Vaccination report Assam 1896-1927 - 1896-1927
Year: 1896
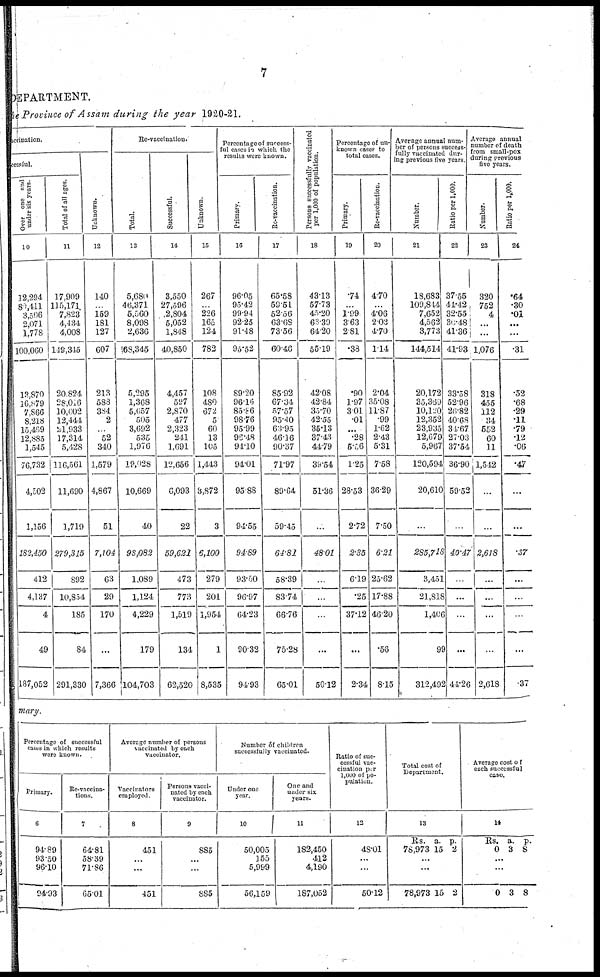
7
DEPARTMENT.
the Province of Assam during the year 1920-21.
vaccination.
cessful.
Over one and
under six years.
10
12,294
80,411
3,506
2,071
1,778
100,060
13,870
16,879
7,866
8,218
15,469
12,885
1,545
76,732
4,502
1,156
182,450
412
4,137
4
49
187,052
Total of all ages.
11
17,909
115,171
7,823
4,434
4,008
119,315
20,824
28,016
10,602
12,444
21,933
17,314
5,428
116,561
11,690
1,719
279,315
892
10,854
185
84
291,330
Unknown.
12
140
...
159
181
127
607
213
588
384
2
...
52
340
1,579
4,867
51
7,104
63
29
170
...
7,366
Re-vaccination.
Total.
13
5,680
46,371
5,560
8,098
2,636
68,345
5,295
1,368
5,057
505
3,692
535
1,976
19,028
10,669
40
98,082
1,089
1,124
4,229
179
104,703
Successful.
14
3,550
27,596
2,804
5,052
1,848
40,850
4,457
597
2,870
477
2,323
241
1,691
12,656
6,093
22
59,621
473
773
1,519
134
62,520
Unknown.
15
267
...
226
165
124
782
108
480
672
5
60
13
105
1,443
3,872
3
6,100
279
201
1,954
1
8,535
results were known.
Primary.
16
96.05
95.42
99.94
92.25
91.48
95.52
89.20
96.16
85.86
98.76
95.99
96.48
91.10
94.01
95.88
94.55
94.89
93.50
96.97
64.23
90.32
94.93
Re-vaccination.
17
65.58
59.51
52.56
63.68
73.56
60.46
85.92
67.34
57.57
95.40
68.95
46.16
90.37
71.97
89.64
59.45
64.82
58.39
83.74
66.76
75.28
65.01
Persons successfully vaccinated
per 1,000 of population.
18
43.13
57.73
45.20
63.39
64.20
55.19
42.08
42.84
35.70
42.55
35.13
37.43
44.79
39.54
51.36
...
48.01
...
...
...
...
50.12
Percentage of un-
known cases to
total cases.
Primary.
19
.74
...
1.99
3.63
2.81
.38
.90
1.97
3.01
.01
...
.28
6.56
1.25
28.53
2.72
2.35
6.19
.25
37.12
...
2.34
Re-vaccination.
20
4.70
...
4.06
2.03
4.70
1.14
2.04
35.08
11.87
.99
1.62
2.43
5.31
7.58
36.29
7.50
6.21
25.62
17.88
46.20
.56
8.15
Average annual num-
ber of persons success-
fully vaccinated dur-
ing previous five years
Number.
21
18,683
109,844
7,652
4,562
3,773
144,514
20,172
35,369
10.120
12,352
23,935
12,679
5,967
120,594
20,610
...
285,718
3,451
21,818
1,406
99
312,492
Ratio per 1,000.
22
37.55
44.42
32.55
36.48
41.36
41.93
33.58
52.96
26.82
40.68
34.67
27.03
37.54
36.90
59.52
...
40.47
...
...
...
...
41.26
Average annual
number of death
from small-pox
during previous
five years.
Number.
23
320
752
4
...
...
1,076
318
455
112
34
552
60
11
1,542
...
...
2,618
...
...
...
...
2,618
Ratio per 1,000.
24
.64
.30
.01
...
...
.31
.52
.68
.29
.11
.79
.12
.06
.47
...
...
.37
...
...
...
...
37
mary.
Percentage of successful
casts in which results
were known.
Primary.
6
94.89
93.50
96.10
94.93
Re-vaccina¬
tions.
7
64.81
58.39
71.86
65.01
Average number of persons
vaccinated by each
vaccinator.
Vaccinators
employed.
8
451
...
...
451
Persons vacci-
nated by each
vaccinator.
9
885
...
...
885
Number of children
successfully vaccinated.
Under one
year.
10
50,005
155
5,999
56,159
One and
under six
years.
11
182,450
412
4,190
187,052
Ratio of suc-
cessful vac-
cination per
1,000 of po-
pulation.
12
48.01
...
...
60.12
Total cost of
Department.
13
Rs.
78,973
a.
15
p.
2
...
...
78,973 15 2
Average cost of
each successful
case.
14
Rs.
0
a.
3
p.
8
...
...
0 3 8